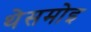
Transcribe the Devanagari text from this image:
थेसमोइ